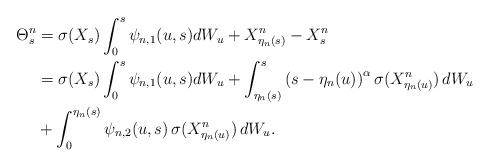
LaTeX: \begin{align*}\Theta^n_s&= \sigma(X_s) \int_0^s \psi_{n,1}(u,s) dW_u + X^n_{\eta_n(s)} - X^n_s \\ &= \sigma(X_s) \int_0^s \psi_{n,1}(u,s) dW_u + \int^s_{\eta_n(s)}\left(s-\eta_n(u)\right)^{\alpha}\sigma(X^n_{\eta_n(u)})\, dW_u \\ & + \int^{\eta_n(s)}_0 \psi_{n,2}(u,s)\, \sigma(X^n_{\eta_n(u)})\, dW_u. \end{align*}